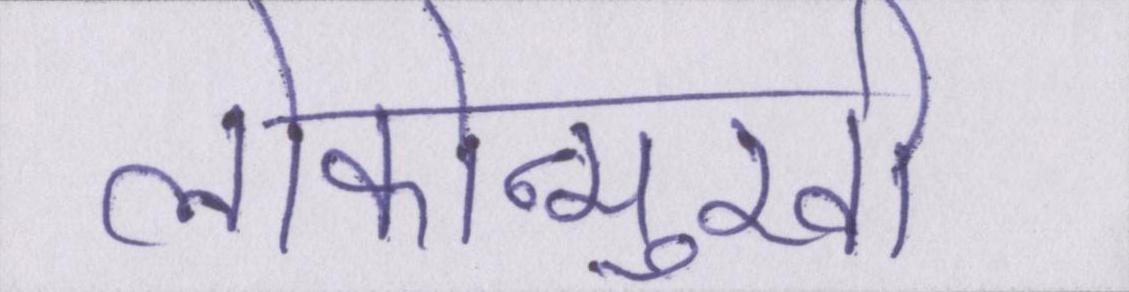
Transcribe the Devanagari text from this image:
लोकोन्मुखी